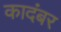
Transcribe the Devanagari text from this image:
कादंबर